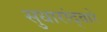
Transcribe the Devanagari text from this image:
सुधारांद्वारे